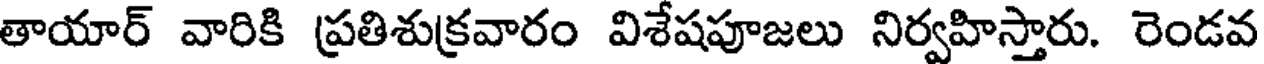
తాయార్ వారికి ప్రతిశుక్రవారం విశేషపూజలు నిర్వహిస్తారు. రెండవ